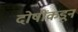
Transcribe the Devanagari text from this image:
दोषींकडून